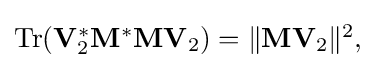
{\textstyle \operatorname {Tr} (\mathbf {V} _{2}^{*}\mathbf {M} ^{*}\mathbf {M} \mathbf {V} _{2})=\|\mathbf {M} \mathbf {V} _{2}\|^{2},}